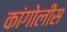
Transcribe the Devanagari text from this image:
कांगोलीस